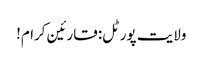
ولایت پورٹل: قارئین کرام!